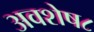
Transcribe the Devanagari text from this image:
अवशेष८